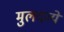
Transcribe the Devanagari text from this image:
मुलदव्ये